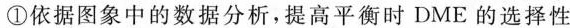
①依据图象中的数据分析，提高平衡时DME的选择性